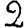
Digit: 2